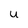
Character: U